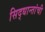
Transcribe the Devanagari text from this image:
सिद्धान्तांची